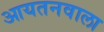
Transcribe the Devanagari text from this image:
आयतनवाला